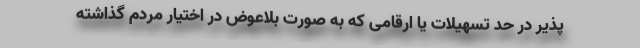
پذیر در حد تسهیلات یا ارقامی که به صورت بلاعوض در اختیار مردم گذاشته